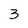
Character: 3